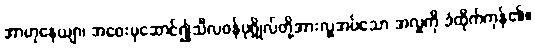
အာဟုနေယျာ၊ အဝေးမှဆောင်၍သီလဝန်ပုဂ္ဂိုလ်တို့အားလှူအပ်သော အလှူကို ခံထိုက်ကုန်၏။